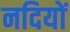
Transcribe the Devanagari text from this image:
नदियों